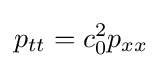
p_{tt}=c_{0}^{2}p_{xx}